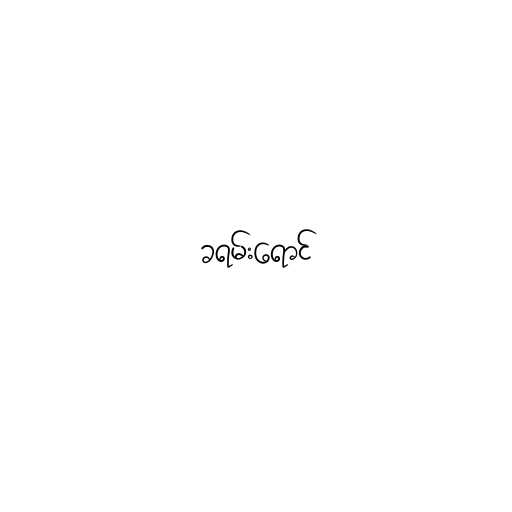
ခရမ်းရောင်